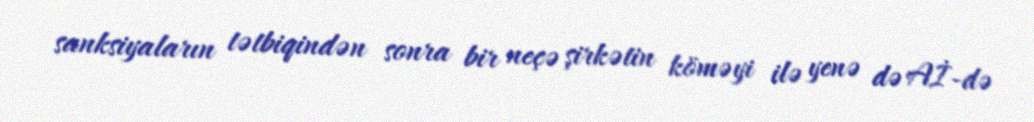
sanksiyaların tətbiqindən sonra bir neçə şirkətin köməyi ilə yenə də Aİ-də